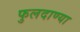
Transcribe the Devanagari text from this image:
फुलदाण्या